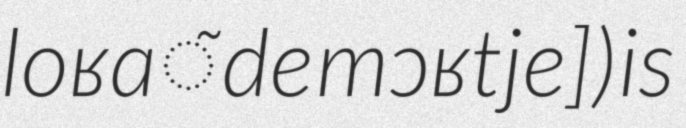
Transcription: loʁɑ̃ de mɔʁtje]) is